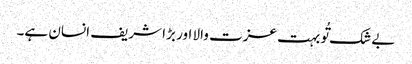
بے شک تُو بہت عزت والا اور بڑا شریف انسان ہے۔